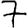
Digit: 7